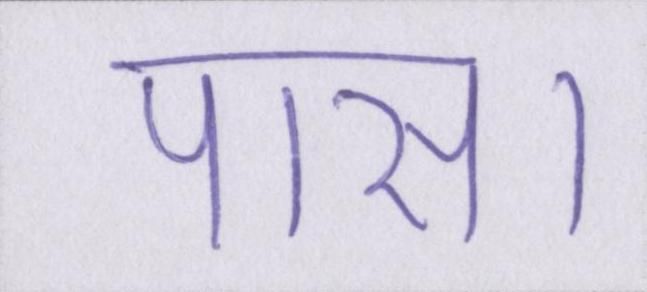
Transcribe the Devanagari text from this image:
पास।